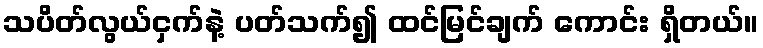
သပိတ်လွယ်ငှက်နဲ့ ပတ်သက်၍ ထင်မြင်ချက် ကောင်း ရှိတယ်။